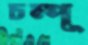
চম্পূ